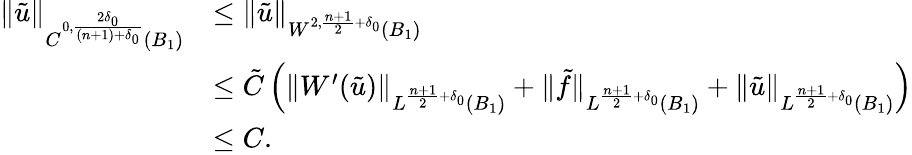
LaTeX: \begin{array}{rl}{\| \tilde{u}\| _{C^{0,\frac{2\delta_{0}}{(n+1)+\delta_{0}}}(B_{1})}}&{\leq\| \tilde{u}\| _{W^{2,\frac{n+1}{2}+\delta_{0}}(B_{1})}}\\ &{\leq\tilde{C}\left(\| W^{\prime}(\tilde{u})\| _{L^{\frac{n+1}{2}+\delta_{0}}(B_{1})}+\| \tilde{f}\| _{L^{\frac{n+1}{2}+\delta_{0}}(B_{1})}+\| \tilde{u}\| _{L^{\frac{n+1}{2}+\delta_{0}}(B_{1})}\right)}\\ &{\leq C.}\end{array}